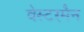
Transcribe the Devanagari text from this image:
वेस्टरमैन